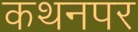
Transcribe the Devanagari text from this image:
कथनपर